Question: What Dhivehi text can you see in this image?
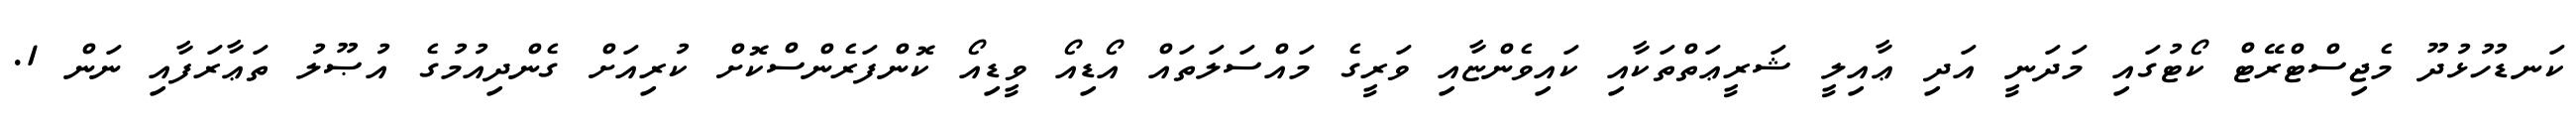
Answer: ކަނޑުހުޅުދޫ މެޖިސްޓްރޭޓް ކޯޓުގައި މަދަނީ އަދި ޢާއިލީ ޝަރީޢަތްތަކާއި ކައިވެންޏާއި ވަރީގެ މައްސަލަތައް އޯޑިއޯ ވީޑިއޯ ކޮންފަރެންސްކޮށް ކުރިއަށް ގެންދިއުމުގެ އުޞޫލު ތަޢާރަފާއި ނަން 1.